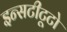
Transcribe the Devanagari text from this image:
इन्सटीटूटो